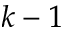
k - 1